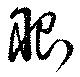
眼